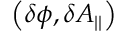
\left( \delta \phi , \delta A _ { | | } \right)